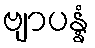
ဗျာပန္နံ